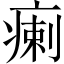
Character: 瘌